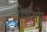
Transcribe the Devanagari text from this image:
ऐशमोर